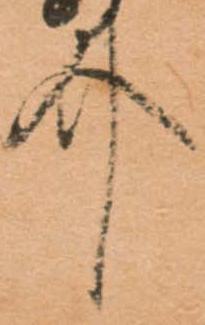
介